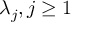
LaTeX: \lambda _ { j } , j \geq 1